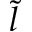
\tilde { l }